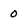
Character: 0